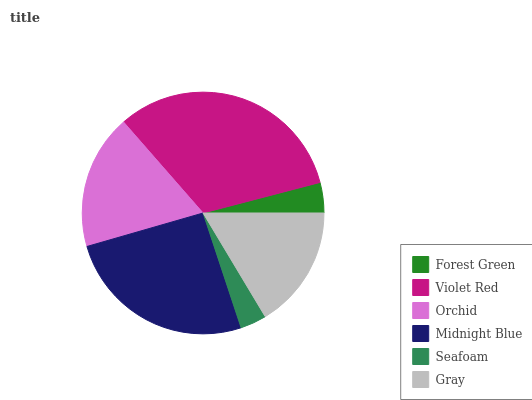
| Forest Green | Violet Red | Orchid | Midnight Blue | Seafoam | Gray |
 | --- | --- | --- | --- | --- | --- |
 | 4.06% | 32.3% | 18% | 25.7% | 3.52% | 16.4% |